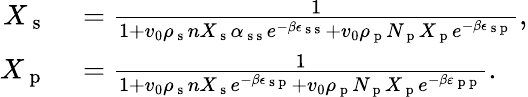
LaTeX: \begin{array}{rl}{X_{\mathrm{~s~}}}&{{}=\frac{1}{1+v_{0}\rho_{\mathrm{~s~}}nX_{\mathrm{~s~}}\alpha_{\mathrm{~s~s~}}e^{-\beta\epsilon_{\mathrm{~s~s~}}}+v_{0}\rho_{\mathrm{~p~}}N_{\mathrm{~p~}}X_{\mathrm{~p~}}e^{-\beta\epsilon_{\mathrm{~s~p~}}}},}\\ {X_{\mathrm{~p~}}}&{{}=\frac{1}{1+v_{0}\rho_{\mathrm{~s~}}nX_{\mathrm{~s~}}e^{-\beta\epsilon_{\mathrm{~s~p~}}}+v_{0}\rho_{\mathrm{~p~}}N_{\mathrm{~p~}}X_{\mathrm{~p~}}e^{-\beta\varepsilon_{\mathrm{~p~p~}}}}.}\end{array}